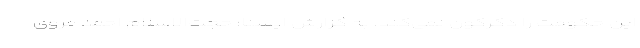
این حکومت را دگرگون نمی‌کند. به گزارش ایسنا؛ حجت‌الاسلام احمد مروی